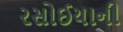
રસોઈયાની